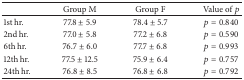
<table><thead><tr><td><b> </b></td><td><b>Group M</b></td><td><b>Group F</b></td><td><b>Value of <i>p</i></b></td></tr></thead><tbody><tr><td>1st hr.</td><td>77.8 ± 5.9</td><td>78.4 ± 5.7</td><td><i>p</i> = 0.840</td></tr><tr><td>2nd hr.</td><td>77.0 ± 5.8</td><td>77.2 ± 6.8</td><td><i>p</i> = 0.590</td></tr><tr><td>6th hr.</td><td>76.7 ± 6.0</td><td>77.7 ± 6.8</td><td><i>p</i> = 0.993</td></tr><tr><td>12th hr.</td><td>77.5 ± 12.5</td><td>75.9 ± 6.4</td><td><i>p</i> = 0.757</td></tr><tr><td>24th hr.</td><td>76.8 ± 8.5</td><td>76.8 ± 6.8</td><td><i>p</i> = 0.792</td></tr></tbody></table>